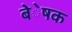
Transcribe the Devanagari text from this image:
बेेेेेषक